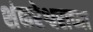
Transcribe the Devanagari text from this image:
शंकरेश्वराच्या